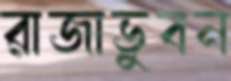
রাজাভুবন